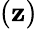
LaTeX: (\mathbf{z})